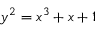
y ^ { 2 } = x ^ { 3 } + x + 1